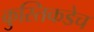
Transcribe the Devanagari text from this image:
कुस्तिकडेच